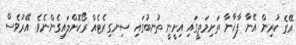
އޭގެ ކުރިން އޭނާ ފާޚާނާ ތަށިމަތީގައި އިށީނީ ތުނބުގައި ސިނގިރެޓެއް ރޯކޮށްލައިގެންނެވެ. އޭރުވެސް